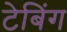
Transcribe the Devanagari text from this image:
टेबिंग